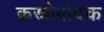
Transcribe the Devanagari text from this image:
क्रस्नोवोदक